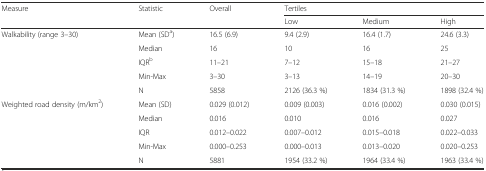
<table><thead><tr><td rowspan="2"><b>Measure</b></td><td rowspan="2"><b>Statistic</b></td><td rowspan="2"><b>Overall</b></td><td colspan="3"><b>Tertiles</b></td></tr><tr><td><b>Low</b></td><td><b>Medium</b></td><td><b>High</b></td></tr></thead><tbody><tr><td>Walkability (range 3–30)</td><td>Mean (SD<sup>a</sup>)</td><td>16.5 (6.9)</td><td>9.4 (2.9)</td><td>16.4 (1.7)</td><td>24.6 (3.3)</td></tr><tr><td></td><td>Median</td><td>16</td><td>10</td><td>16</td><td>25</td></tr><tr><td></td><td>IQR<sup>b</sup></td><td>11–21</td><td>7–12</td><td>15–18</td><td>21–27</td></tr><tr><td></td><td>Min-Max</td><td>3–30</td><td>3–13</td><td>14–19</td><td>20–30</td></tr><tr><td></td><td>N</td><td>5858</td><td>2126 (36.3 %)</td><td>1834 (31.3 %)</td><td>1898 (32.4 %)</td></tr><tr><td rowspan="5">Weighted road density (m/km<sup>2</sup>)</td><td>Mean (SD)</td><td>0.029 (0.012)</td><td>0.009 (0.003)</td><td>0.016 (0.002)</td><td>0.030 (0.015)</td></tr><tr><td>Median</td><td>0.016</td><td>0.010</td><td>0.016</td><td>0.027</td></tr><tr><td>IQR</td><td>0.012–0.022</td><td>0.007–0.012</td><td>0.015–0.018</td><td>0.022–0.033</td></tr><tr><td>Min-Max</td><td>0.000–0.253</td><td>0.000–0.013</td><td>0.013–0.020</td><td>0.020–0.253</td></tr><tr><td>N</td><td>5881</td><td>1954 (33.2 %)</td><td>1964 (33.4 %)</td><td>1963 (33.4 %)</td></tr></tbody></table>